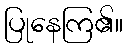
ပြုနေကြ၏။